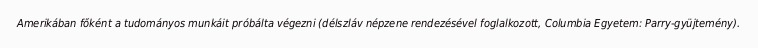
Amerikában főként a tudományos munkáit próbálta végezni (délszláv népzene rendezésével foglalkozott, Columbia Egyetem: Parry-gyüjtemény).